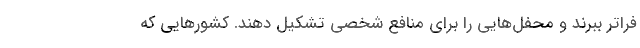
فراتر ببرند و محفل‌هایی را برای منافع شخصی تشکیل دهند. کشورهایی که